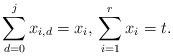
\begin{align*}\sum_{d = 0}^j x_{i,d} = x_i,\,\sum_{i=1}^r x_i = t.\end{align*}